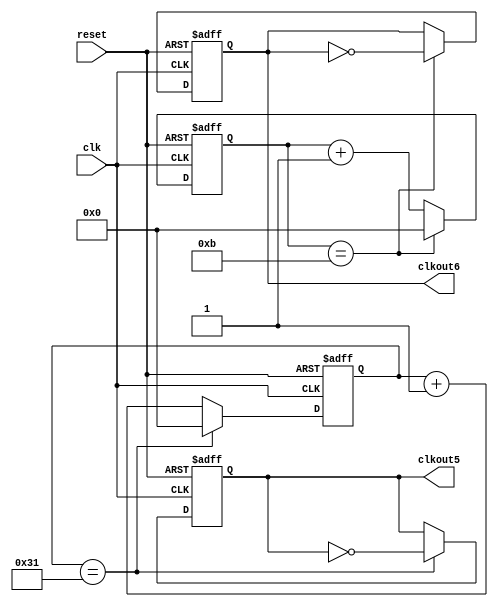
`timescale 1ns / 1ps
module produce_fre_2(
input clk,
input reset,
// output 10^8 to 512
output reg clkout5
,output reg clkout6
);
reg [25:0] cnt5;
reg [25:0] cnt6;
//parameter cnts1 = 32; //1hz
//parameter cnts2 = 512; // 4hz
//parameter cnts3 = 64; // 64hz
//parameter cnts4 = 8; // 512 hz
//parameter cnts5 = 4;
//parameter cnts6 = 2;
parameter cnts5 = 100;
parameter cnts6 = 24;
//4,,,22 = 4
//100000000 10^8 4(),.-
always @(posedge clk,posedge reset)
begin
 if(reset)
 begin
     cnt5 <= 0;
     clkout5<= 0;
 end
 else if(cnt5 == (cnts5>>1)-1)
 begin
     cnt5 <= 0;
     clkout5 <= ~clkout5 ;
 end
 else
 begin
 cnt5 <= cnt5+1;
 end
end
always @(posedge clk,posedge reset)
begin
 if(reset)
 begin
     cnt6 <= 0;
     clkout6<= 0;
 end
 else if(cnt6 == (cnts6>>1)-1)
 begin
     cnt6 <= 0;
     clkout6 <= ~clkout6;
 end
 else
 begin
 cnt6 <= cnt6+1;
 end
end
    
endmodule

//////////////////////////////////////////////////////////////////////////////////
// Company: 
// Engineer: 
// 
// Design Name: 
// Module Name: Produce_frequency
// Project Name: 
// Target Devices: 
// Tool Versions: 
// Description: 
// 
// Dependencies: 
// 
// Revision:
// Revision 0.01 - File Created
// Additional Comments:
// 
//////////////////////////////////////////////////////////////////////////////////